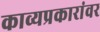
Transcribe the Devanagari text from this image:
काव्यप्रकारांवर